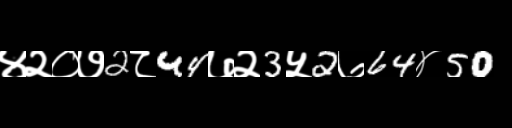
Text: ४२०७2८44७२3५2७64४50